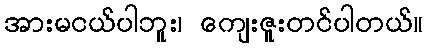
အားမငယ်ပါဘူး၊ ကျေးဇူးတင်ပါတယ်။